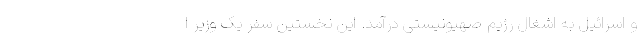
و اسرائیل به اشغال رژیم صهیونیستی درآمد. این نخستین سفر یک وزیر ا